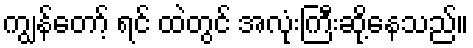
ကျွန်တော့် ရင် ထဲတွင် အလုံးကြီးဆို့နေသည်။